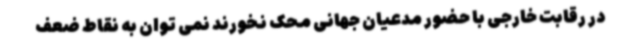
در رقابت خارجی با حضور مدعیان جهانی محک نخورند نمی توان به نقاط ضعف